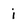
Character: i